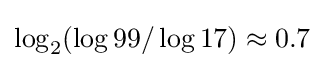
\log _{2}(\log 99/\log 17)\approx 0.7